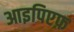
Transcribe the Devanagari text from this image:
आइपिएफ़